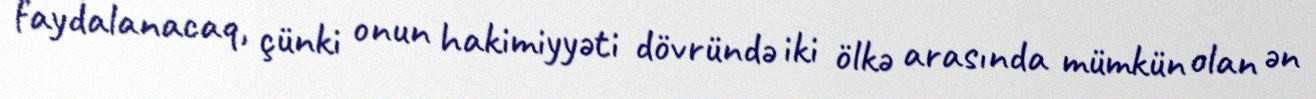
faydalanacaq, çünki onun hakimiyyəti dövründə iki ölkə arasında mümkün olan ən